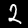
Label: 2